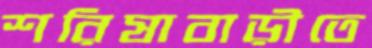
শরিষাবাড়ীতে